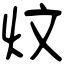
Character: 炆